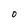
Character: 0